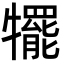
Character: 犤